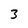
Character: 3